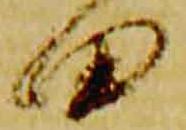
田